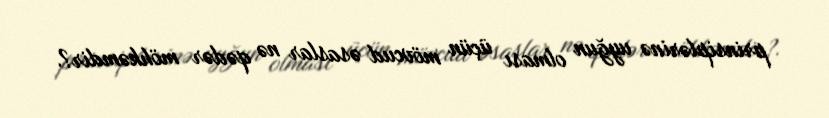
prinsiplərinə uyğun olması üçün mövcud əsaslar nə qədər möhkəmdir?.